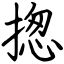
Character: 揔